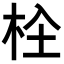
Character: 𣐍